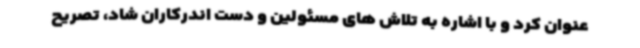
عنوان کرد و با اشاره به تلاش های مسئولین و دست اندرکاران شاد، تصریح